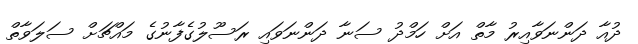
ދުއާ ދަންނަވާއިރު މާތް އަށް ހަމްދު ސަނާ ދަންނަވައި ރަސޫލުގެފާނުގެ މައްޗަށް ސަލަވާތް